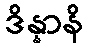
ဒိန္နာနိ